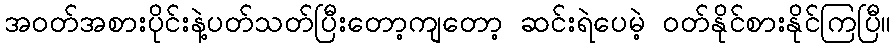
အဝတ်အစားပိုင်းနဲ့ပတ်သတ်ပြီးတော့ကျတော့ ဆင်းရဲပေမဲ့ ဝတ်နိုင်စားနိုင်ကြပြီ။